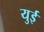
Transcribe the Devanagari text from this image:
युई